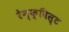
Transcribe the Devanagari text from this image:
रेन्क्विस्ट